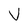
Character: V